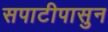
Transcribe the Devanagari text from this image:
सपाटीपासुन